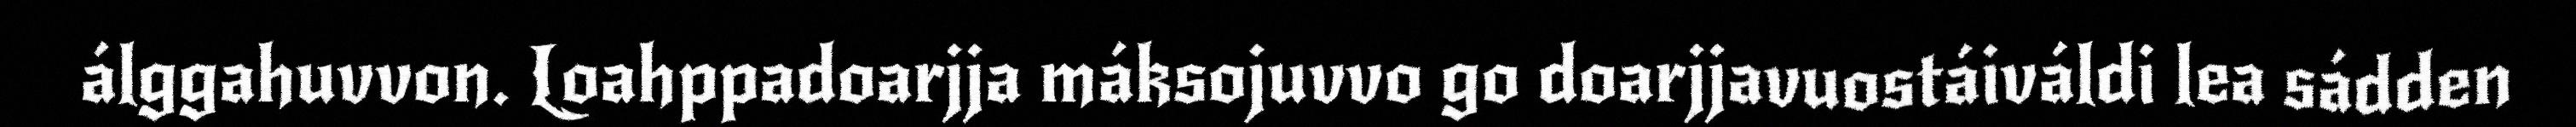
álggahuvvon. Loahppadoarjja máksojuvvo go doarjjavuostáiváldi lea sádden